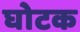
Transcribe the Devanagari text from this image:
घोटक